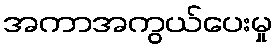
အကာအကွယ်ပေးမှု